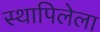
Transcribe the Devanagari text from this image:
स्थापिलेला